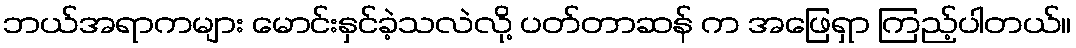
ဘယ်အရာကများ မောင်းနှင်ခဲ့သလဲလို့ ပတ်တာဆန် က အဖြေရှာ ကြည့်ပါတယ်။